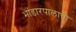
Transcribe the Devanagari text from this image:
भांडारपालाची